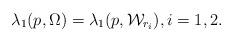
LaTeX: \begin{align*}\lambda_{1}(p,\Omega)=\lambda_{1}(p,\mathcal W_{r_{i}}),i=1,2.\end{align*}